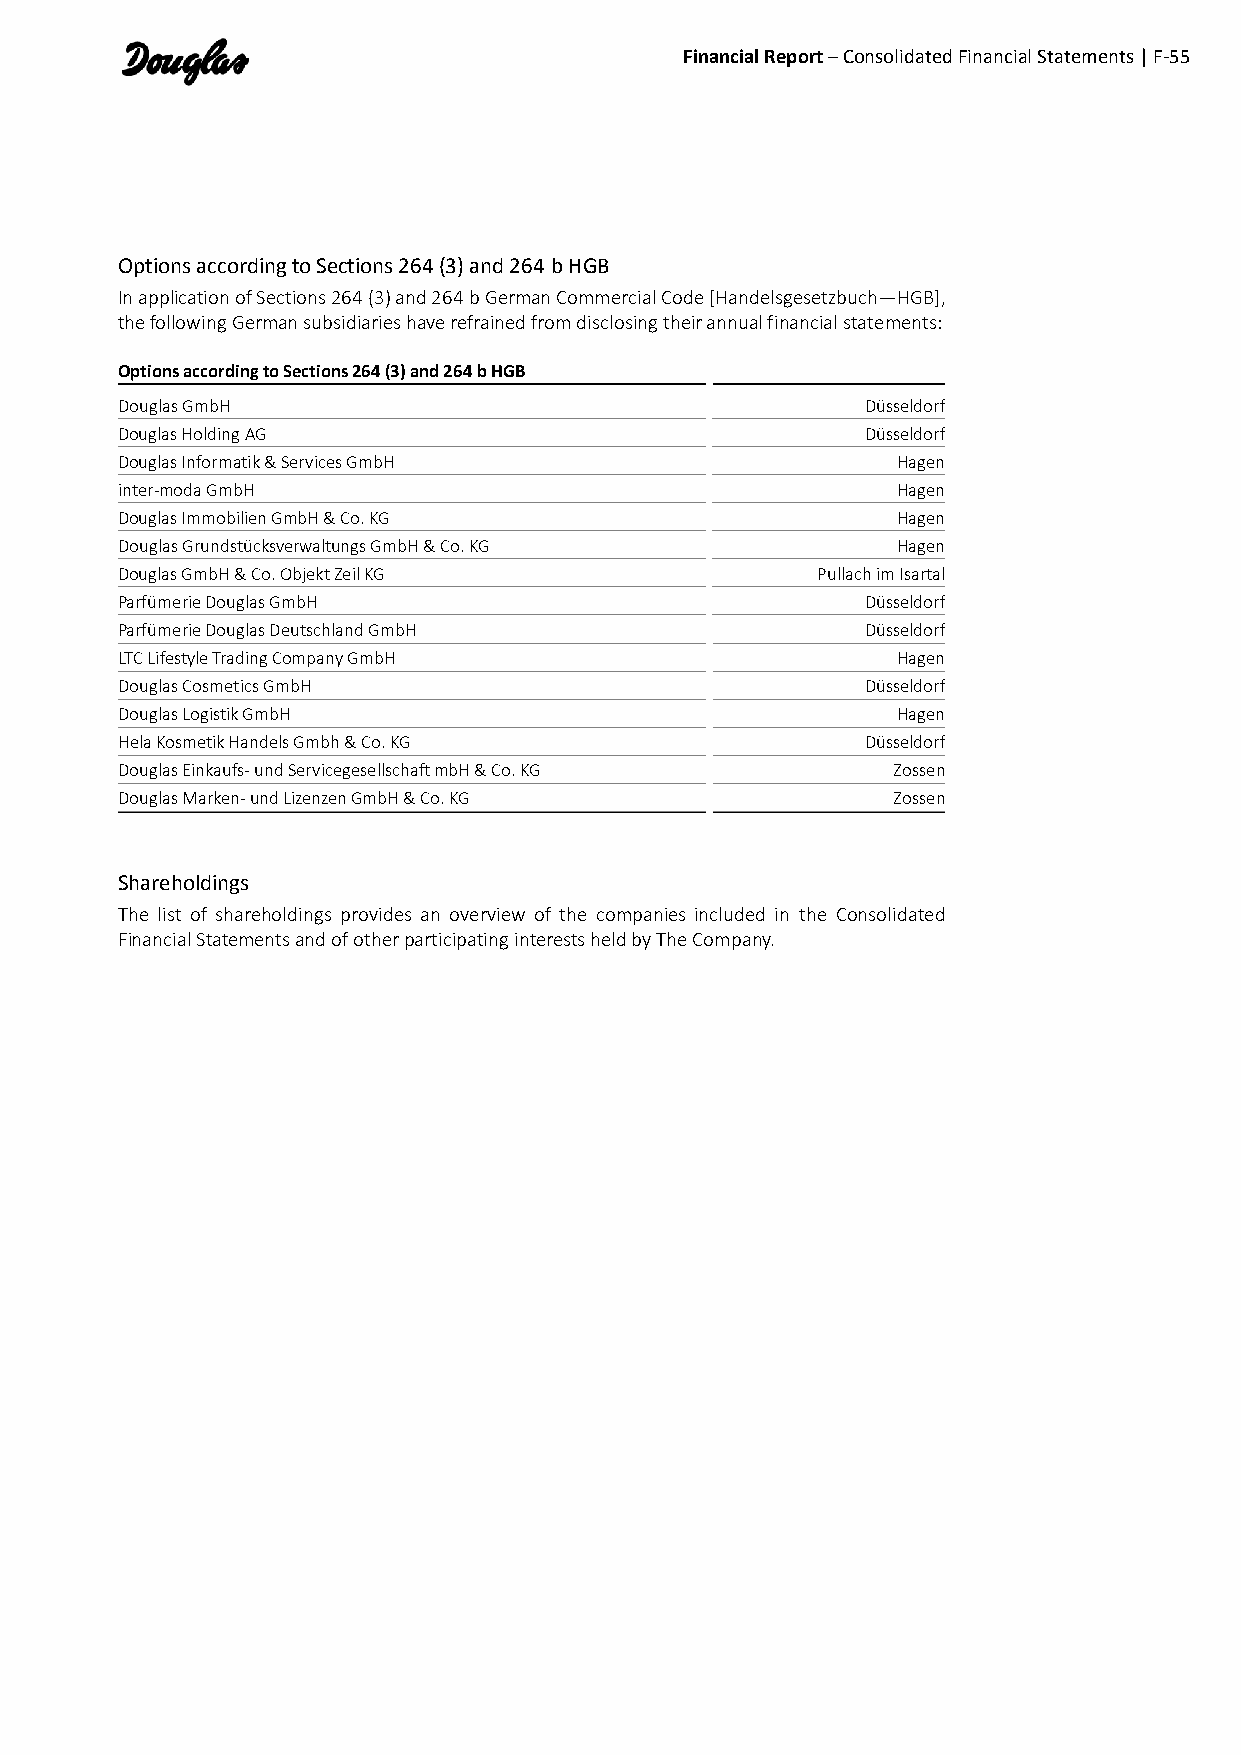
Financial Report – Consolidated Financial Statements | F-55
 Options according to Sections 264 (3) and 264 b HGB
 In application of Sections 264 (3) and 264 b German Commercial Code [Handelsgesetzbuch—HGB],
 the following German subsidiaries have refrained from disclosing their annual financial statements:
 Options according to Sections 264 (3) and 264 b HGB
 Douglas GmbH                                     Düsseldorf
 Douglas Holding AG                               Düsseldorf
 Douglas Informatik & Services GmbH                 Hagen
 inter-moda GmbH                                    Hagen
 Douglas Immobilien GmbH & Co. KG                   Hagen
 Douglas Grundstücksverwaltungs GmbH & Co. KG       Hagen
 Douglas GmbH & Co. Objekt Zeil KG             Pullach im Isartal
 Parfümerie Douglas GmbH                          Düsseldorf
 Parfümerie Douglas Deutschland GmbH              Düsseldorf
 LTC Lifestyle Trading Company GmbH                 Hagen
 Douglas Cosmetics GmbH                           Düsseldorf
 Douglas Logistik GmbH                              Hagen
 Hela Kosmetik Handels Gmbh & Co. KG              Düsseldorf
 Douglas Einkaufs- und Servicegesellschaft mbH & Co. KG Zossen
 Douglas Marken- und Lizenzen GmbH & Co. KG         Zossen
 Shareholdings
 The list of shareholdings provides an overview of the companies included in the Consolidated
 Financial Statements and of other participating interests held by The Company.